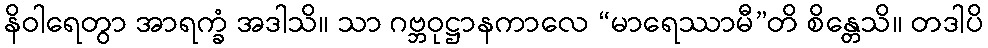
နိဝါရေတွာ အာရက္ခံ အဒါသိ။ သာ ဂဗ္ဘဝုဋ္ဌာနကာလေ “မာရေဿာမီ”တိ စိန္တေသိ။ တဒါပိ